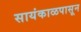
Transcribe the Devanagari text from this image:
सायंकाळपासून